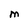
Character: M